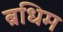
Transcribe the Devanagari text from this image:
ब्रधिम